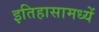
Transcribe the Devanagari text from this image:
इतिहासामध्यें